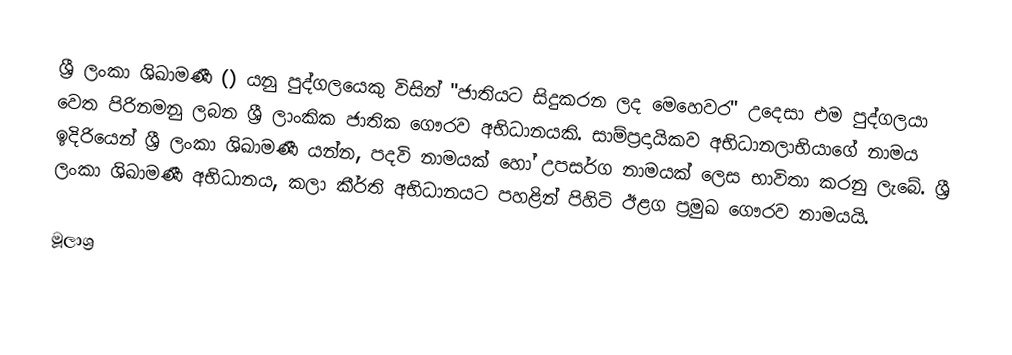
ශ්‍රී ලංකා ශිඛාමණී () යනු පුද්ගලයෙකු විසින් "ජාතියට සිදුකරන ලද මෙහෙවර" උදෙසා එම පුද්ගලයා වෙත පිරිනමනු ලබන ශ්‍රී ලාංකික ජාතික ගෞරව අභිධානයකි. සාම්ප්‍රදායිකව අභිධානලාභියාගේ නාමය ඉදිරියෙන් ශ්‍රී ලංකා ශිඛාමණී යන්න, පදවි නාමයක් හෝ උපසර්ග නාමයක් ලෙස භාවිතා කරනු ලැබේ. ශ්‍රී ලංකා ශිඛාමණී අභිධානය, කලා කීර්ති අභිධානයට පහළින් පිහිටි ඊළග ප්‍රමුඛ ගෞරව නාමයයි.

මූලාශ්‍ර